Statistical return of the lunatic asylum in Assam - 1912-1932
Year: 1912
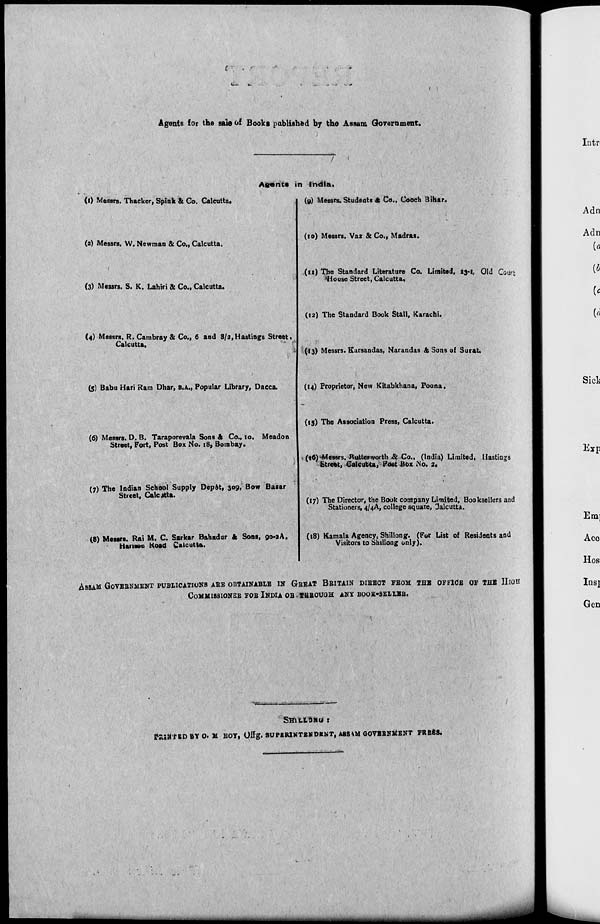
C~; , r
<
i
Agents for the sale of Books published by the Assam Government.
/
I
(l) Messrs. Thacker, Spink & Co. Calcutta.
(a) Messrs. W. Newman & Co., Calcutta.
(3) Messrs. S. K. Lahiri & Co., Calcutta.
Asents in India,
(y) Messrs. Students & Co., Cooch Bihar.
(10) Messrs. Vai & Co., Madras.
(u) The Standard Literature Co. Limited, 23-1, Old Court
House Street, Calcutta.
(4) Messrs. R.Cambray 81 Co., 6 and 8/2,Hastings Street,
Calcutta,
(5) Babu Hari Ram Dhar, B.A., Popular Library, Dacca.
(6) Messrs. D. B. Taraporevala Sons & Co., lo, Meadon
Street, Port, Post Box No. 18, Bombay.
(7) The Indian School Supply Depot, 309, Bow Bazar
Street, Calcitta.
(8) Messrs. Rai M. C. Sarkar Bahadur & Sons, 90-3A.
Hanson Koad Calcutta.
(12) The Standard Book Stall, Karachi.
(13) Messrs. Karsandas, Narandas & Sons of Surat.
(14) Proprietor, New Kitabkhana, Poona.
(15) The Association Press, Calcutta.
(16) -Messrs. Buttefworth & Co., (India) Limited, Hastings
Street, Calcutta, Post Box No. 2*
(17) The Director, the Book company Limited, Booksellers and
Stationers, 4/4A, college square, Calcutta.
(18) Kamala Agency, Shillong. (For List of Residents and
Visitors to Shillong only).
ASSAM GOVEENMENT PUBLICATIONS AEE OBTAINABLE IN GEEAT BEITAIN DIEEOT FEOM THB OFFICE OF THB HIGH
C0MMI8SIONEB FOE INDIA OBSHBOUGH ANY BOOE-SELLBE,
SHILLONU r
ttUttfEDBYO. M BOY, Offg. SUPERINTENDENT, A8SKM GOVBBNltENT PRESS.
i^H